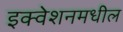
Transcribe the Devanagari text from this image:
इक्वेशनमधील